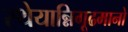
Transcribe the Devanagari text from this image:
स्थेयान्निगूढमानो